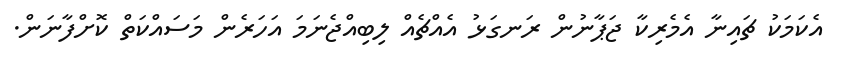
އެކަމަކު ޗައިނާ އެމެރިކާ ޖަޕާނުން ރަނގަޅު އެއްޗެއް ލިބިއްޖެނަމަ އަހަރެން މަސައްކަތް ކޮށްފާނަން.